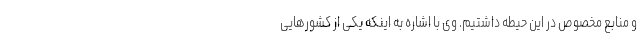
و منابع مخصوص در این حیطه داشتیم. وی با اشاره به اینکه یکی از کشورهایی